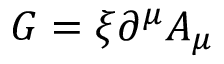
G = \xi \partial ^ { \mu } A _ { \mu }